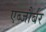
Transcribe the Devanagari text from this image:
एब्जौर्बर